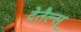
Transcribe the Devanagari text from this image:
देतैल्स्